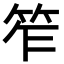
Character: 笮